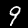
Label: 9